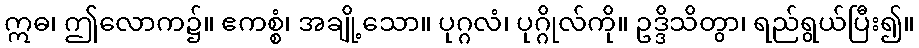
ဣဓ၊ ဤလောက၌။ ဧကစ္စံ၊ အချို့သော။ ပုဂ္ဂလံ၊ ပုဂ္ဂိုလ်ကို။ ဥဒ္ဒိသိတွာ၊ ရည်ရွယ်ပြီး၍။